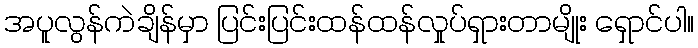
အပူလွန်ကဲချိန်မှာ ပြင်းပြင်းထန်ထန်လှုပ်ရှားတာမျိုး ရှောင်ပါ။